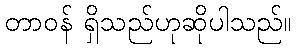
တာဝန် ရှိသည်ဟုဆိုပါသည်။